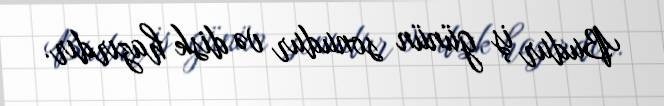
Budur iş günün sonudur və disk hazırdır.